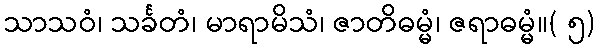
သာသဝံ၊ သင်္ခတံ၊ မာရာမိသံ၊ ဇာတိဓမ္မံ၊ ဇရာဓမ္မံ။( ၅)